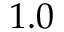
{ 1 . 0 }